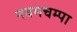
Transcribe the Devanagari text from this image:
नवमचम्पा